system: You are a helpful assistant.
user:
Analyze the provided spectrum to determine if it is a **"Cataclysmic Variables (CV)"**.

- **Key Indicators for CV (Check for either state):**
    - **State 1: Quiescent / Low-State (Emission-Dominated)**
        - **(Primary):** Strong and *very broad* Hydrogen Balmer emission lines (e.g., $H\alpha$ at 6563 Å, $H\beta$ at 4861 Å). The 'broadness' (high velocity dispersion, often FWHM > 1000 km/s) is the key diagnostic, indicating a high-velocity accretion disk.
        - **(Secondary):** Broad neutral Helium (He I) emission lines (e.g., 5876 Å, 6678 Å).
        - **(Key Confirmation):** Presence of high-excitation *ionized* Helium (He II) emission at 4686 Å. This is a strong indicator of accretion onto a white dwarf.
        - **(Line Profile):** Emission lines may exhibit a 'double-peaked' profile, which is a classic signature of a rotating accretion disk viewed at high inclination.

    - **State 2: Outburst / High-State (Absorption-Dominated)**
        - **(Primary):** Spectrum is dominated by a bright, blue continuum (looks like a hot star).
        - **(Secondary):** The emission lines from State 1 are weak, absent, or 'filled in', and are replaced by broad, shallow *absorption* lines (primarily Balmer and He I).
        - **(Morphology):** The overall spectrum mimics a hot B/A-type star. The crucial difference is that the absorption lines are significantly broader, shallower, and more 'washed-out' (or 'smeared') than the sharp lines of a normal stellar photosphere, due to high rotational speeds and pressure broadening in the disk.

Think first, call **spectral_visualization_tool** if needed to examine features in detail, then provide your final answer. Your response must adhere to the following strict rules:
1.  **Overall Structure:** Your response must follow the format `<think>...</think> <tool_call>...</tool_call> (if a tool is used) <answer>...</answer>`.
2.  **Tool Usage Constraint:** You may only make **one** tool call per turn.
3.  **Final Answer Format:** In the `<answer>` tag, your conclusion must be inside a `\boxed{}` command (e.g., `\boxed{YES}`), followed by your justification.

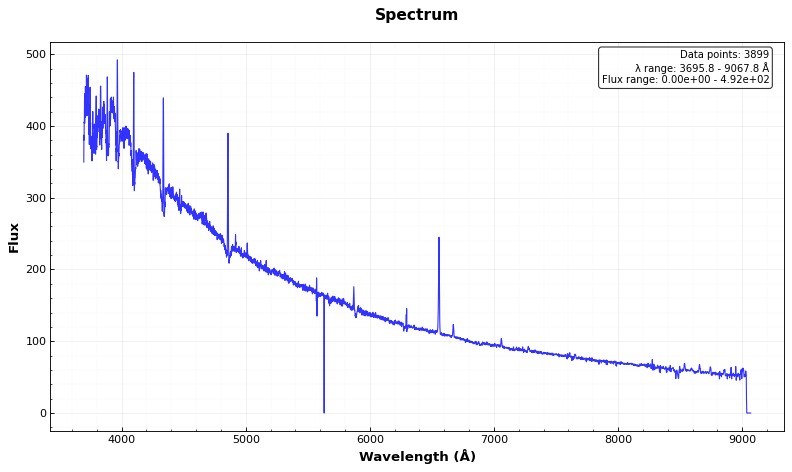
Answer: YES